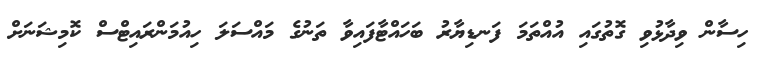
ހިސާން ވިދާޅުވި ގޮތުގައި އުއްތަމަ ފަނޑިޔާރު ބަހައްޓާފައިވާ ތަނުގެ މައްސަލަ ހިއުމަންރައިޓްސް ކޮމިޝަނަށް